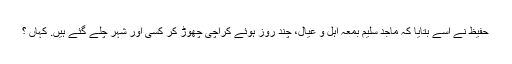
حفیظ نے اسے بتایا کہ ماجد سلیم بمعہ اہل و عیال، چند روز ہوئے کراچی چھوڑ کر کسی اور شہر چلے گئے ہیں. کہاں ؟